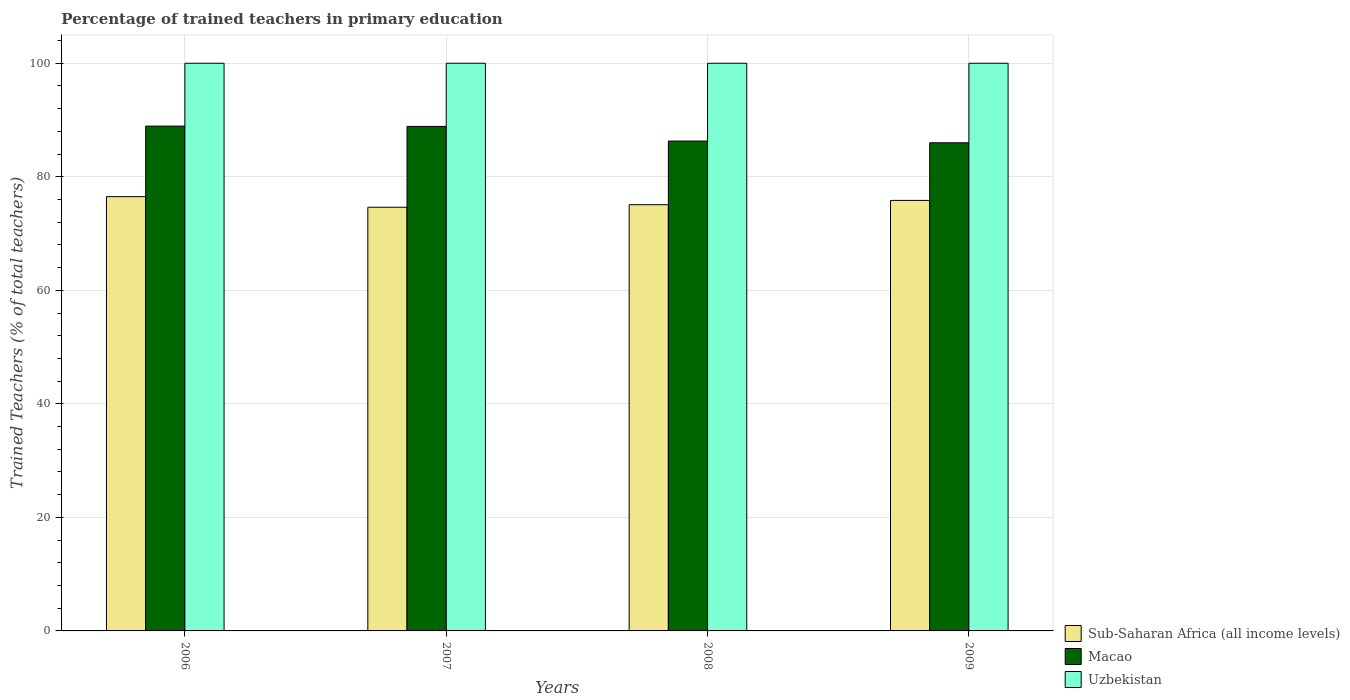
| Years | Sub-Saharan Africa (all income levels) | Macao | Uzbekistan |
 | --- | --- | --- | --- |
 | 2006 | 76.5 | 88.9 | 100 |
 | 2007 | 74.6 | 88.9 | 100 |
 | 2008 | 75.1 | 86.3 | 100 |
 | 2009 | 75.8 | 86 | 100 |